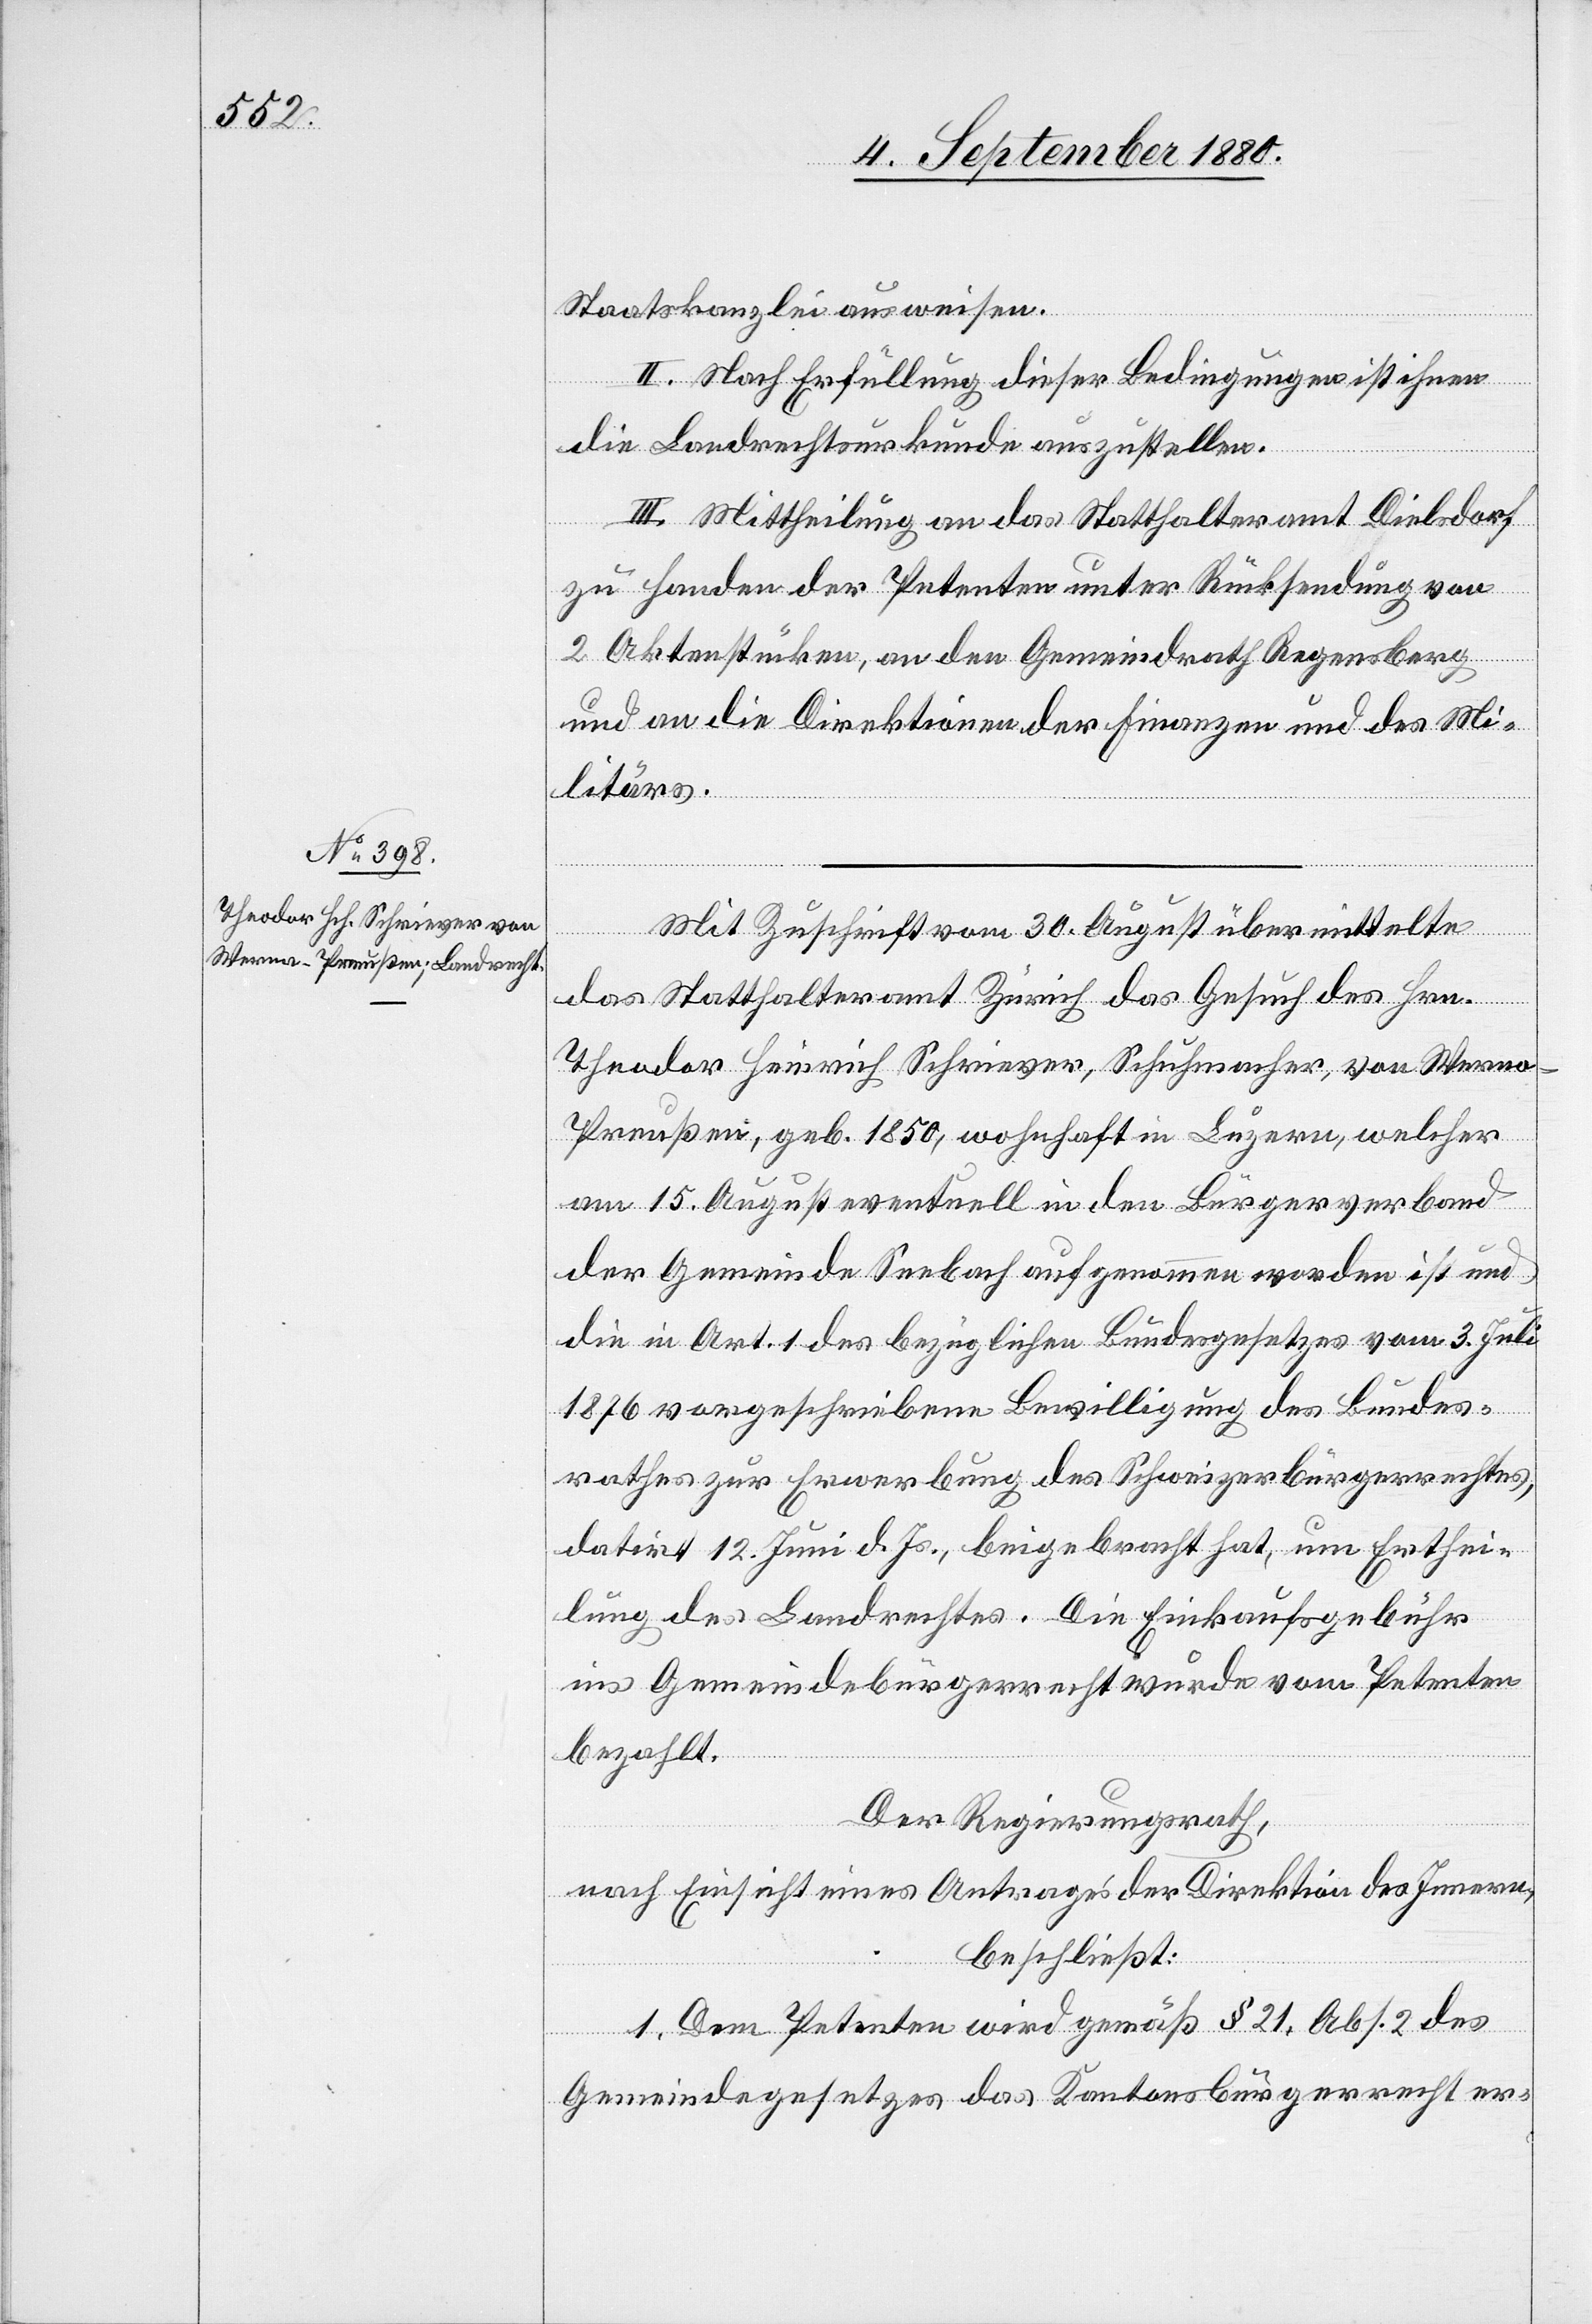
Staatskanzlei ausweisen.
II. Nach Erfüllung dieser Bedingungen ist ihnen
die Landrechtsurkunde auszustellen.
III. Mittheilung an das Statthalteramt Dielsdorf
zu Handen der Petenten unter Rücksendung von
2 Aktenstücken, an den Gemeindrath Regensberg
und an die Direktionen der Finanzen und des Mi¬
litärs.
Mit Zuschrift vom 30. August übermittelte
das Statthalteramt Zürich das Gesuch des Hrn.
Theodor Heinrich Schriever, Schuhmacher, von Wermo
Preußen, geb. 1850, wohnhaft in Luzern, welcher
am 15. August eventuell in den Bürgerverband
der Gemeinde Seebach aufgenommen worden ist und
die in Art. 1 des bezüglichen Bundesgesetzes vom 3. Juli
1876 vorgeschriebene Bewilligung des Bundes¬
rathes zur Erwerbung des Schweizerbürgerrechtes,
datirt 12. Juni d. Js., beigebracht hat, um Erthei¬
lung des Landrechtes. Die Einkaufsgebühr
ins Gemeindebürgerrecht wurde vom Petenten
bezahlt.
Der Regierungsrath,
nach Einsicht eines Antrages der Direktion des Innern,
beschließt:
1. Dem Petenten wird gemäß § 21. Abs. 2 des
Gemeindegesetzes das Kantonsbürgerrecht er-